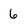
Character: 6